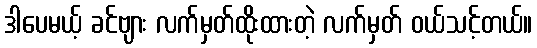
ဒါပေမယ့် ခင်ဗျား လက်မှတ်ထိုးထားတဲ့ လက်မှတ် ဝယ်သင့်တယ်။